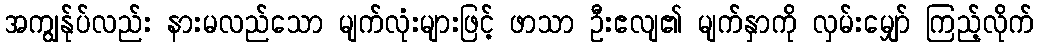
အကျွန်ုပ်လည်း နားမလည်သော မျက်လုံးများဖြင့် ဖာသာ ဦးဧလျ၏ မျက်နှာကို လှမ်းမျှော် ကြည့်လိုက်